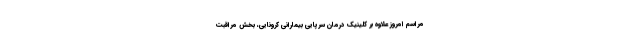
مراسم امروز علاوه بر کلینیک درمان سرپایی بیمارانی کرونایی، بخش مراقبت